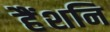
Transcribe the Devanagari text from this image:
हैंशनि